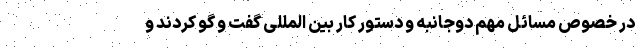
در خصوص مسائل مهم دوجانبه و دستور کار بین المللی گفت و گو کردند و